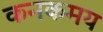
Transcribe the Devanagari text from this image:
कनकमय